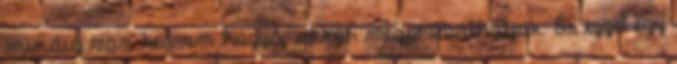
mindig van kedvem hozzá, akkor megpróbálhatjuk. És ezzel egy